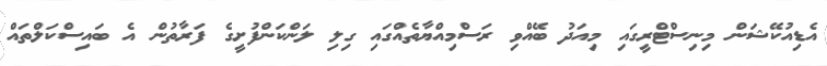
އެޑިއުކޭޝަން މިނިސްޓްރީގައި މިއަދު ބޭއްވި ރަސްމިއްޔާތެއްގައި ގިލި ލަންކަންފުށީގެ ފަރާތުން އެ ބައިސްކަލްތައް